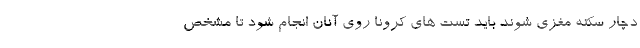
دچار سکته مغزی شوند باید تست های کرونا روی آنان انجام شود تا مشخص